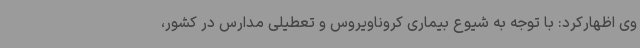
وی اظهارکرد: با توجه به شیوع بیماری کروناویروس و تعطیلی مدارس در کشور،